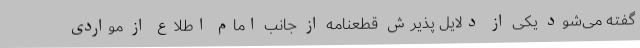
گفته می‌شود یکی از دلایل پذیرش قطعنامه از جانب امام اطلاع از مواردی